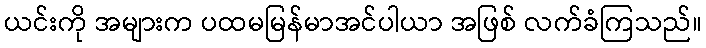
ယင်းကို အများက ပထမမြန်မာအင်ပါယာ အဖြစ် လက်ခံကြသည်။